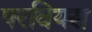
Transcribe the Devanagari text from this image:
परवियस